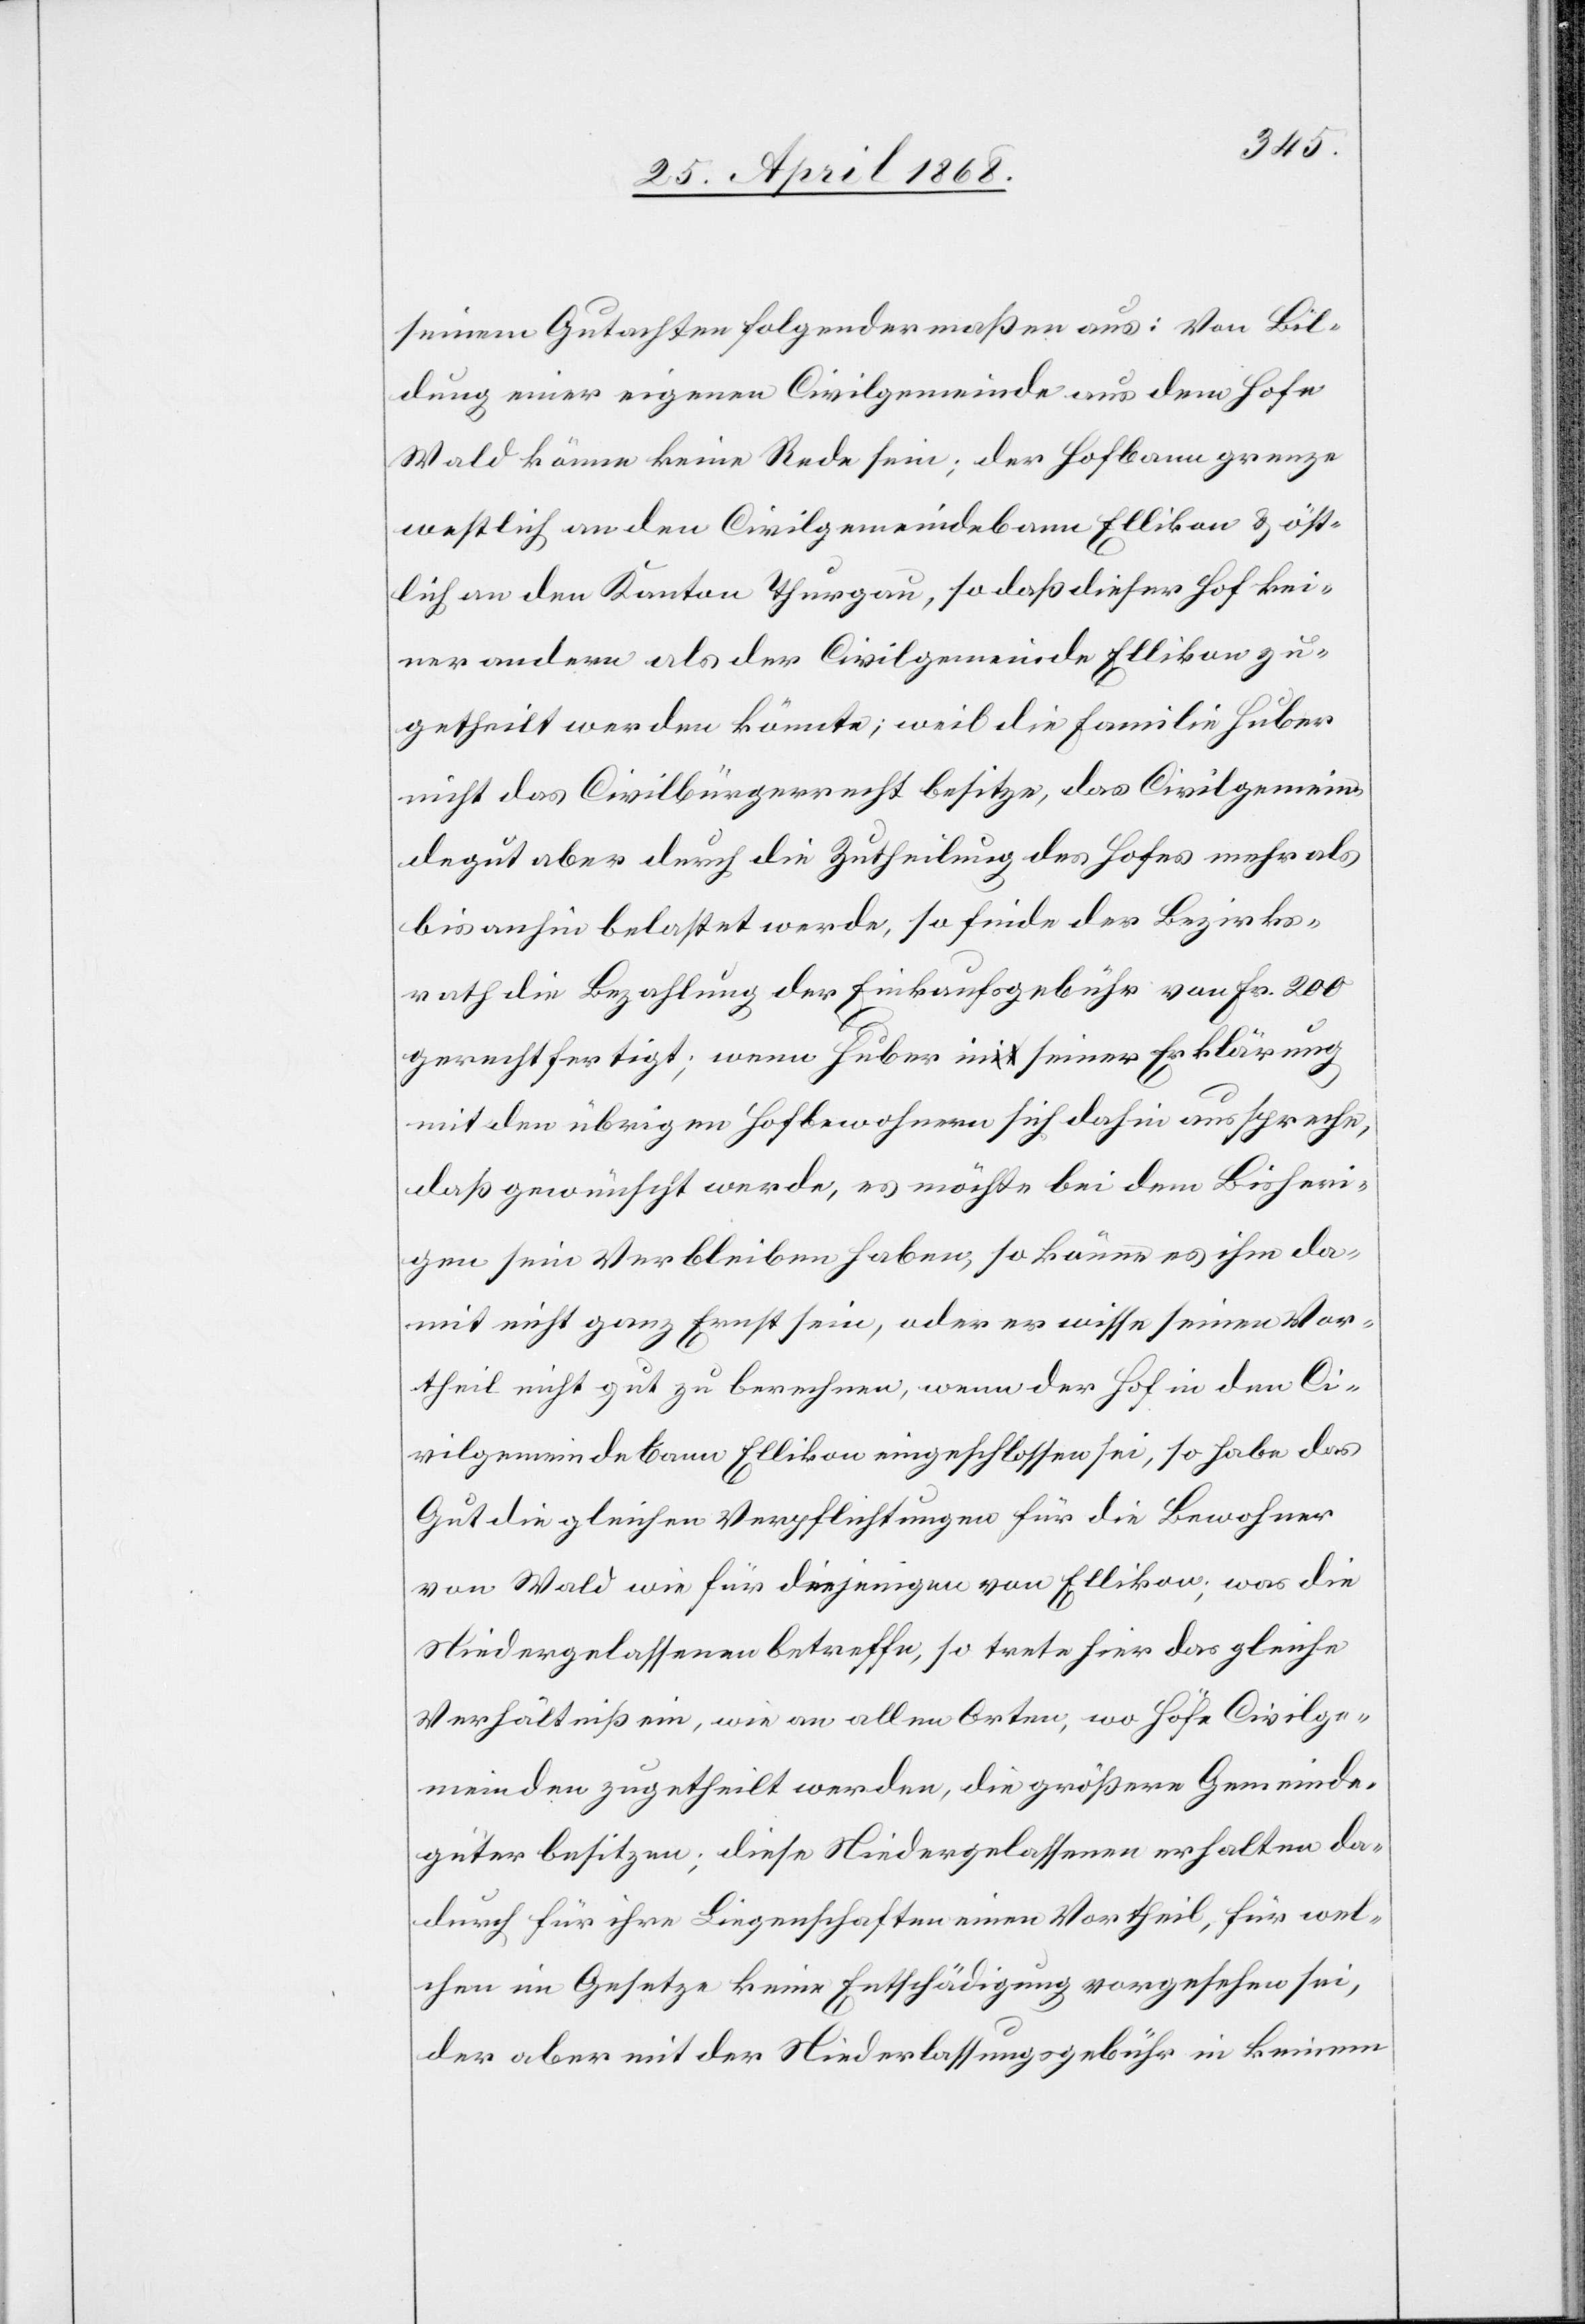
seinem Gutachten folgendermaßen aus: Von Bil¬
dung einer eigenen Civilgemeinde aus dem Hofe
Wald könne keine Rede sein; der Hofbann grenze
westlich an den Civilgemeindebann Ellikon & öst¬
lich an den Kanton Thurgau, so daß dieser Hof kei¬
ner andern als der Civilgemeinde Ellikon zu¬
getheilt werden könnte; weil die Familie Huber
nicht das Civilbürgerrecht besitze, das Civilgemein¬
degut aber durch die Zutheilung des Hofes mehr als
bisanhin belastet werde, so finde der Bezirks¬
rath die Bezahlung der Einkaufsgebühr von Fr. 200
gerechtfertigt; wenn Huber in seiner Erklärung
mit den übrigen Hofbewohnern sich dahin ausspreche,
daß gewünscht werde, es möchte bei dem Bisheri¬
gen sein Verbleiben haben, so könne es ihm da¬
mit nicht ganz Ernst sein, oder er wisse seinen Vor¬
theil nicht gut zu berechnen, wenn der Hof in den Ci¬
vilgemeindebann Ellikon eingeschlossen sei, so habe das
Gut die gleichen Verpflichtungen für die Bewohner
von Wald wie für diejenigen von Ellikon; was die
Niedergelassenen betreffe, so trete hier das gleiche
Verhältniß ein, wie an allen Orten, wo Höfe Civilge¬
meinden zugetheilt werden, die größere Gemeinde¬
güter besitzen; diese Niedergelassenen erhalten da¬
durch für ihre Liegenschaften einen Vortheil, für wel¬
chen im Gesetze keine Entschädigung vorgesehen sei,
der aber mit der Niederlassungsgebühr in keinem